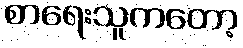
စာရေးသူကတော့